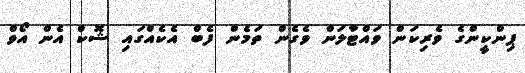
ޕިންކީންގެ ވެރިކަން ވައްޓާލަން ވެގެން ތަމެން ފެބް އެކެއްގައި ޝޮކް އެން އޯވް